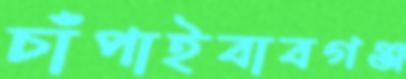
চাঁপাইবাবগঞ্জ